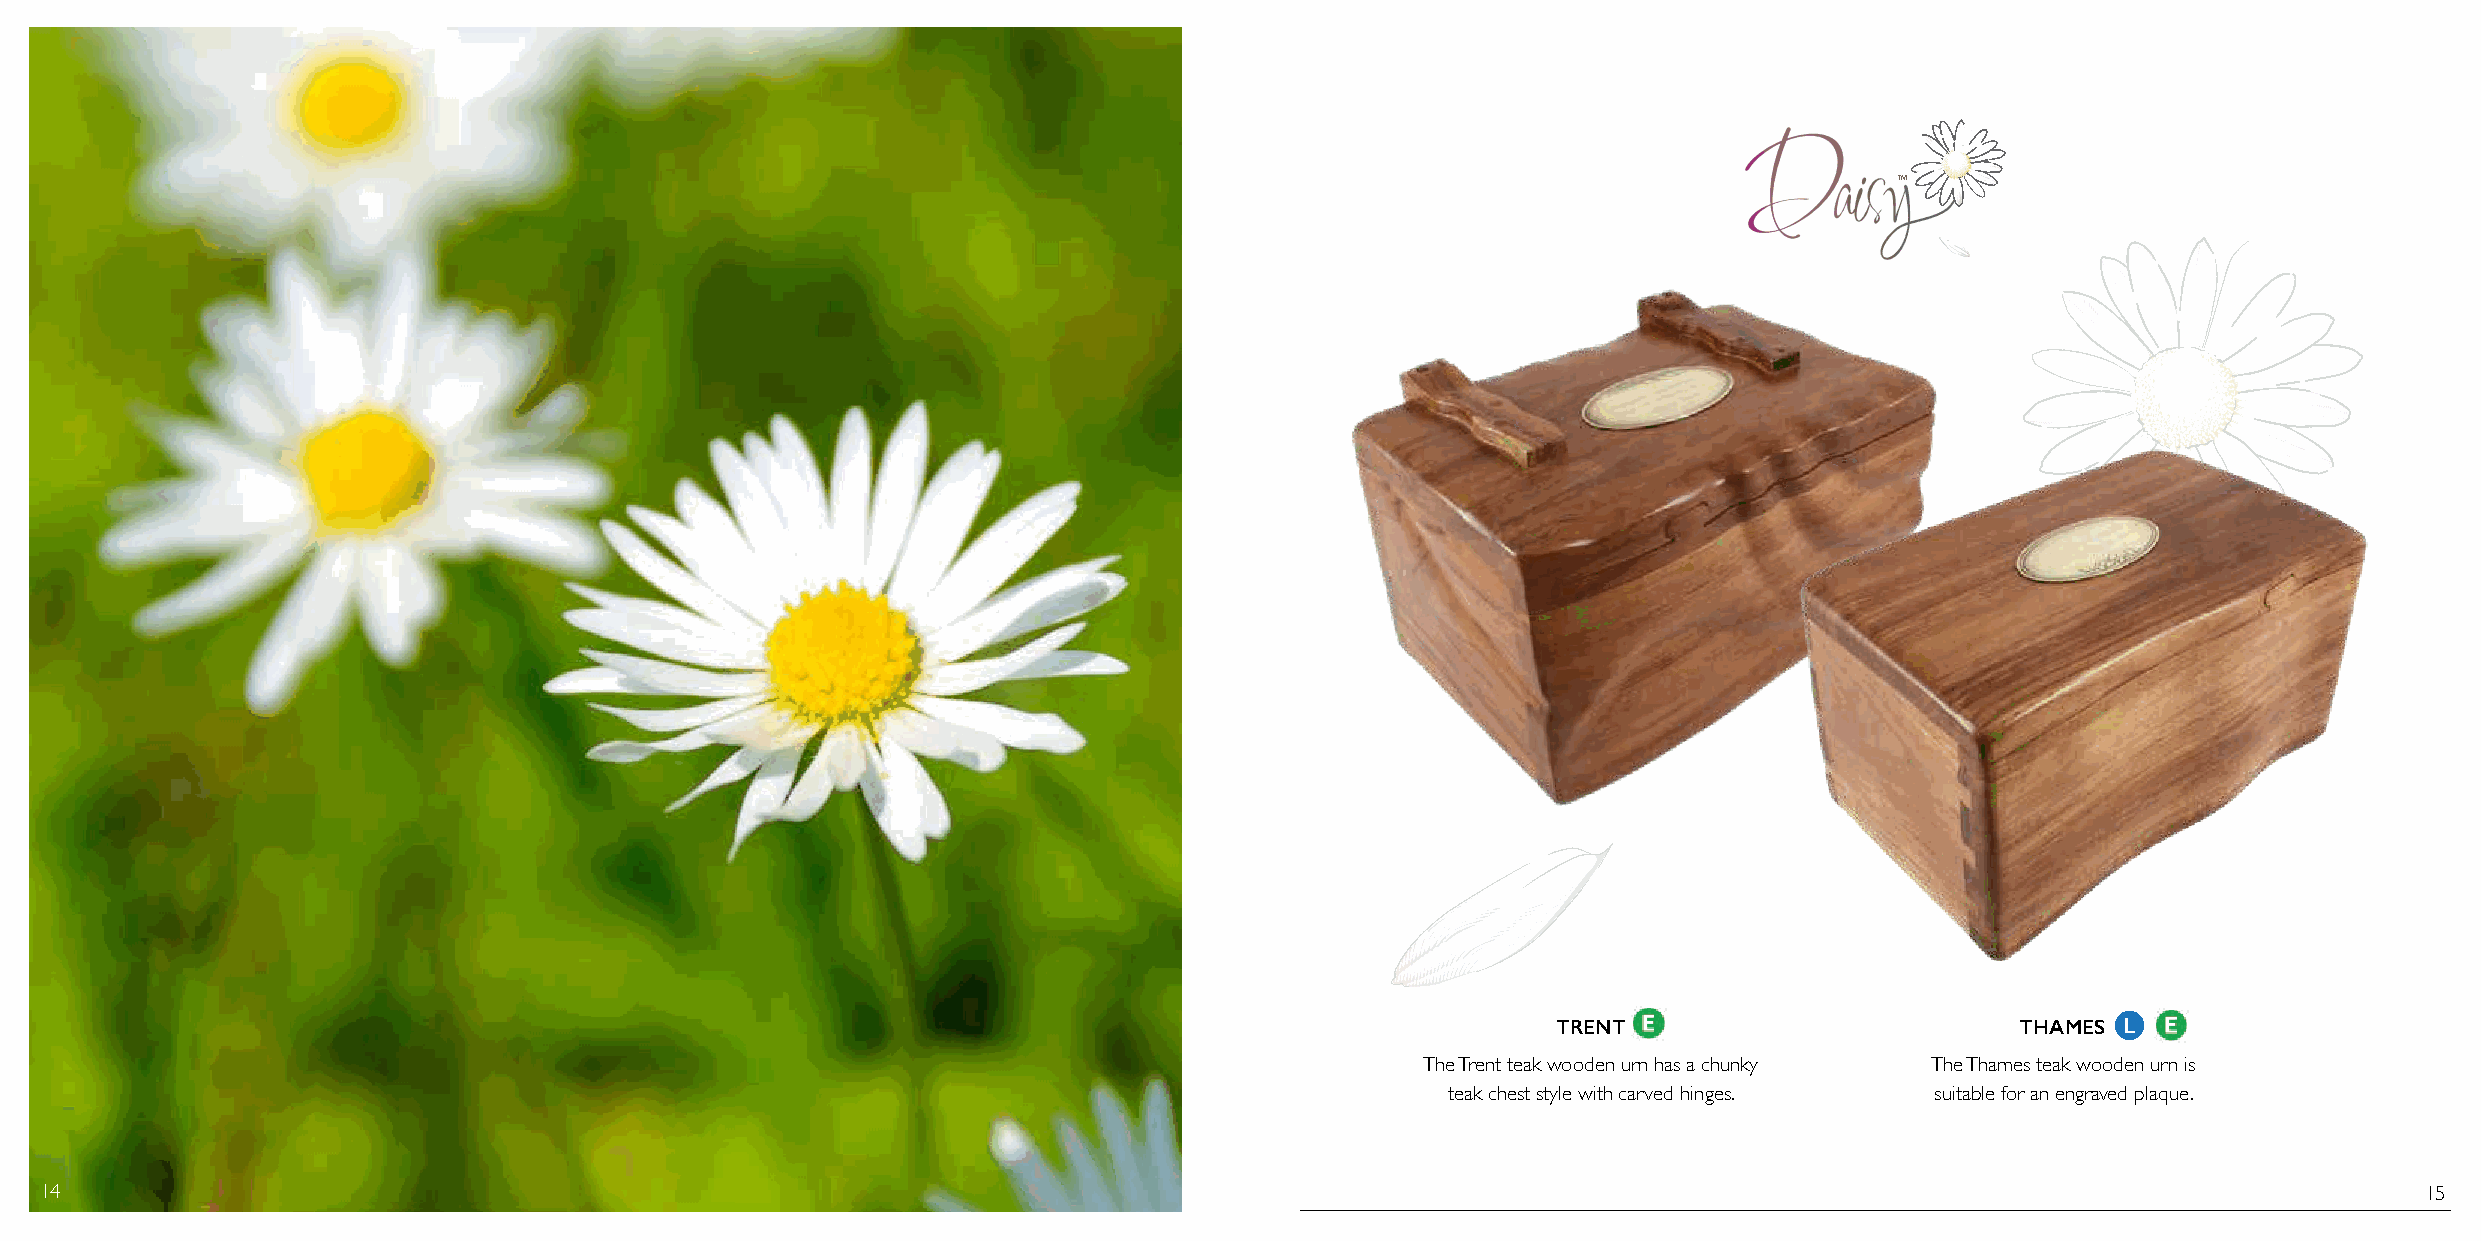
TM
 TRENT                          THAMES
 The Trent teak wooden urn has a chunky The Thames teak wooden urn is
 teak chest style with carved hinges. suitable for an engraved plaque.
 1144                                                                                                                                                          15